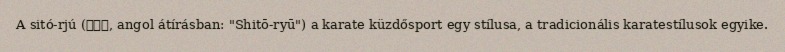
A sitó-rjú (糸東流, angol átírásban: "Shitō-ryū") a karate küzdősport egy stílusa, a tradicionális karatestílusok egyike.